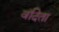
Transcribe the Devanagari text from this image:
वंदिता